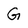
Character: G